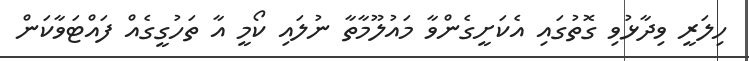
ހިލަރީ ވިދާޅުވި ގޮތުގައި އެކަށީގެންވާ މައުލޫމާތާ ނުލައި ކޯމީ އާ ތަހުގީގެއް ފައްޓަވާކަން